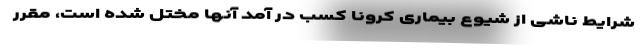
شرایط ناشی از شیوع بیماری کرونا کسب در آمد آنها مختل شده است، مقرر